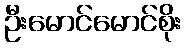
ဦးမောင်မောင်စိုး